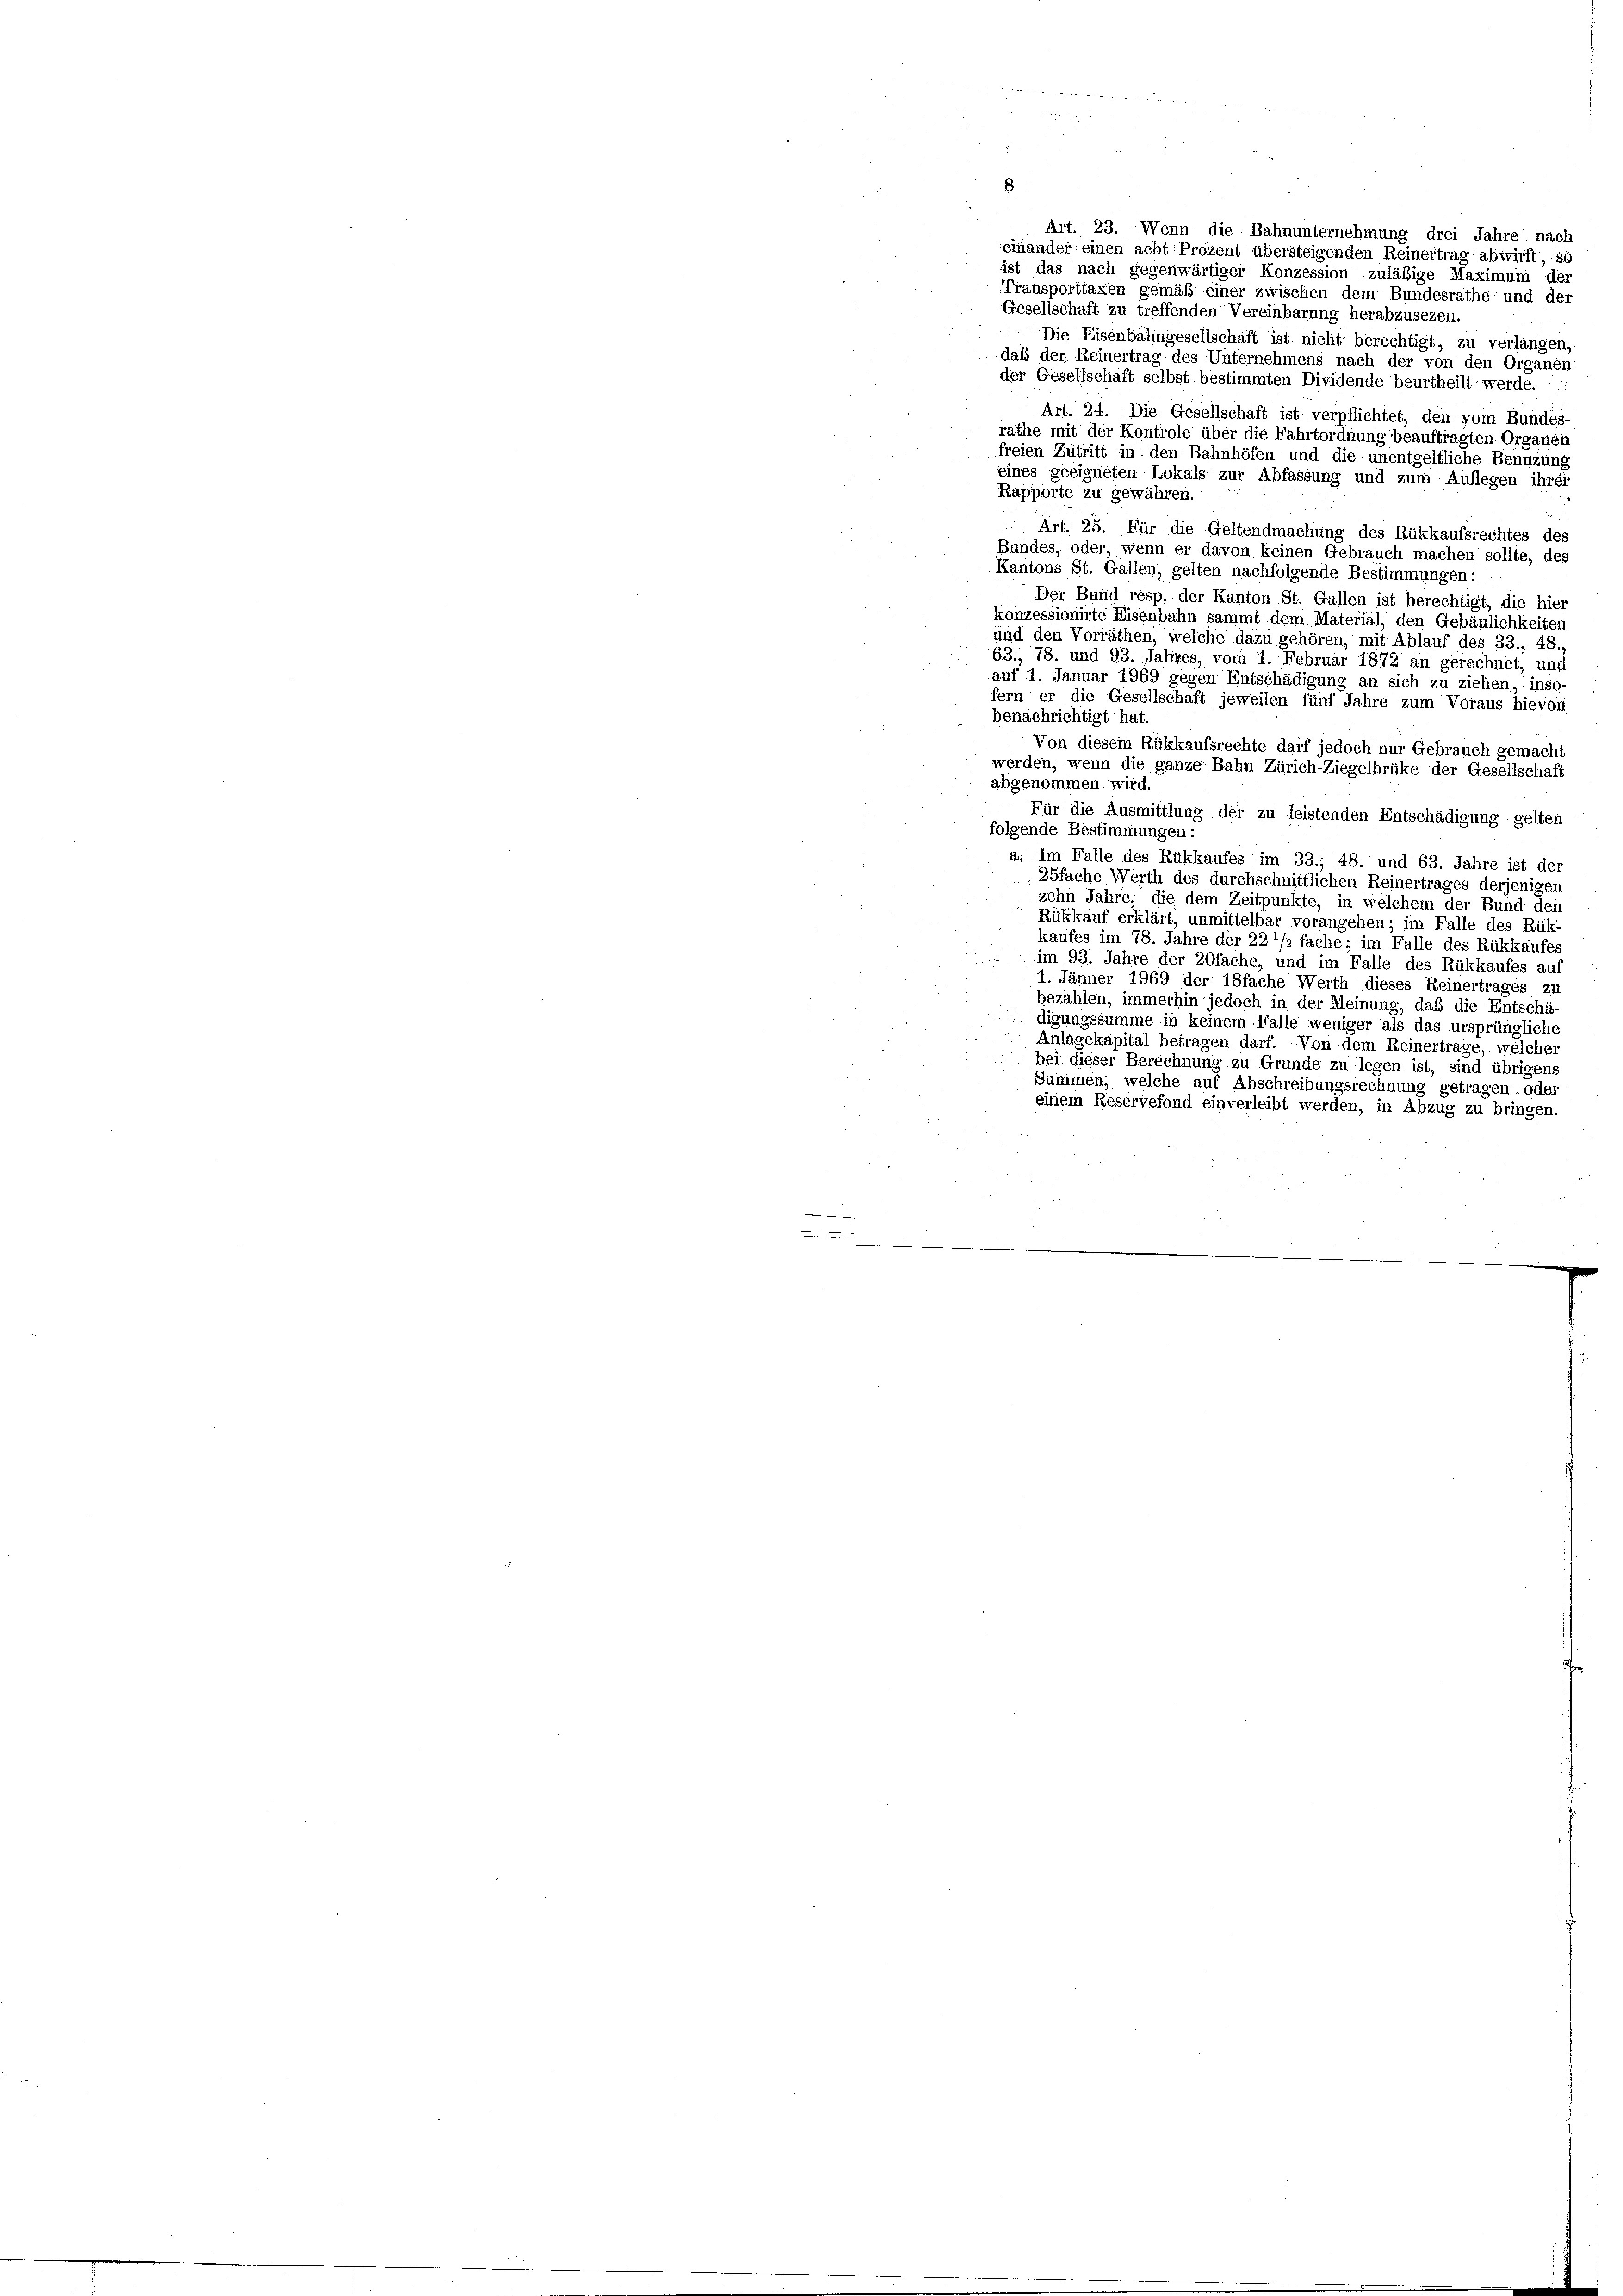
Art. 23. Wenn die Bahnunternehmung drei Jahre nach

einander einen acht Prozent übersteigenden Reinertrag abwirft, so
ist das nach gegenwärtiger Konzession zuläßige Maximum der
Transporttaxen gemäß einer zwischen dem Bundesrathe und der
Gesellschaft zu treffenden Vereinbarung herabzusezen.
Die Eisenbahngesellschaft ist nicht berechtigt, zu verlangen,
daß der Reinertrag des Unternehmens nach der von den Organen
der Gesellschaft selbst bestimmten Dividende beurtheilt werde.
Art. 24. Die Gesellschaft ist verpflichtet, den vom Bundes-
rathe mit der Kontrole über die Fahrtordnung beauftragten Organen
freien Zutritt in den Bahnhöfen und die unentgeltliche Benutzung
eines geeigneten Lokals zur Abfassung und zum Auflegen ihrer
Rapporte zu gewähren.
Art. 25. Für die Geltendmachung des Rükkaufsrechtes des
Bundes, oder, wenn er davon keinen Gebrauch machen sollte, des
Kantons St. Gallen, gelten nachfolgende Bestimmungen:
Der Bund resp. der Kanton St. Gallen ist berechtigt, die hier
konzessionirte Eisenbahn sammt dem Material, den Gebäulichkeiten
und den Vorräthen, welche dazu gehören, mit Ablauf des 33., 48.
63., 78. und 93. Jahres, vom 1. Februar 1872 an gerechnet, und
auf 1. Januar 1969 gegen Entschädigung an sich zu ziehen, inso-
fern er die Gesellschaft jeweilen fünf Jahre zum Voraus hievon
benachrichtigt hat.
Von diesem Rükkaufsrechte darf jedoch nur Gebrauch gemacht
werden, wenn die ganze Bahn Zürich-Ziegelbrüke der Gesellschaft
abgenommen wird.
Für die Ausmittlung der zu leistenden Entschädigung gelten
folgende Bestimmungen:
a. Im Falle des Rükkaufes im 33., 48. und 63. Jahre ist de
25fache Werth des durchschnittlichen Reinertrages derjenigen
zehn Jahre, die dem Zeitpunkte, in welchem der Bund der
Rükkauf erklärt, unmittelbar vorangehen; im Falle des Rük
kaufes im 78. Jahre der 22 1/2 fache; im Falle des Rükkaufes
im 93. Jahre der 20fache, und im Falle des Rükkaufes auf
1. Jänner 1969 der 18fache Werth dieses Reinertrages 21
bezahlen, immerhin jedoch in der Meinung, daß die Entschä
digungssumme in keinem Falle weniger als das ursprüngliche
Anlagekapital betragen darf. Von dem Reinertrage, welcher
bei dieser Berechnung zu Grunde zu legen ist, sind übrigens
Summen, welche auf Abschreibungsrechnung getragen oder
einem Reservefond einverleibt werden, in Abzug zu bringen.